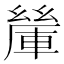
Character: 𨍃